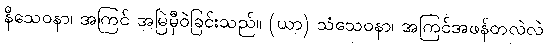
နိသေဝနာ၊ အကြင် အမြဲမှီဝဲခြင်းသည်။ (ယာ) သံသေဝနာ၊ အကြင်အဖန်တလဲလဲ